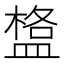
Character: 𥂌